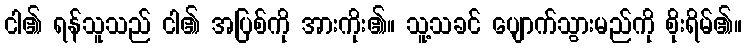
ငါ၏ ရန်သူသည် ငါ၏ အပြစ်ကို အားကိုး၏။ သူ့သခင် ပျောက်သွားမည်ကို စိုးရိမ်၏။